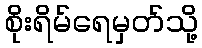
စိုးရိမ်ရေမှတ်သို့